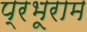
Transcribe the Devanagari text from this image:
प्रभूराम